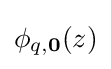
\phi _{q,\mathbf {0} }(z)